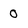
Character: 0